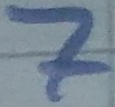
Text: 7